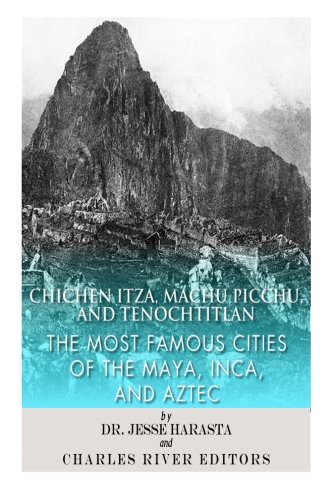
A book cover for Chichen Itza, Machu Picchu, and Tenochtitlan: The Most Famous Cities of the Maya, Inca, and Aztec; Charles River Editors; History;